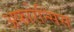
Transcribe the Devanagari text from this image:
अफारेन्सिस